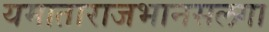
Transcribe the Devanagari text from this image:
यमाताराजभानसलगा